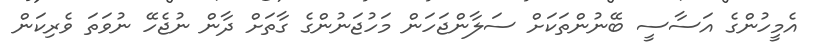
އެމީހުންގެ އަސާސީ ބޭނުންތަކަށް ސަލާންޖަހަން މަހުޖަނުންގެ ގާތަށް ދާން ނުޖެހޭ ނުވަތަ ވެރިކަން